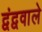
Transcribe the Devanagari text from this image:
द्वंद्ववाले